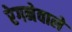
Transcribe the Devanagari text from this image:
रेगनेवाले